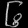
Digit: ၆